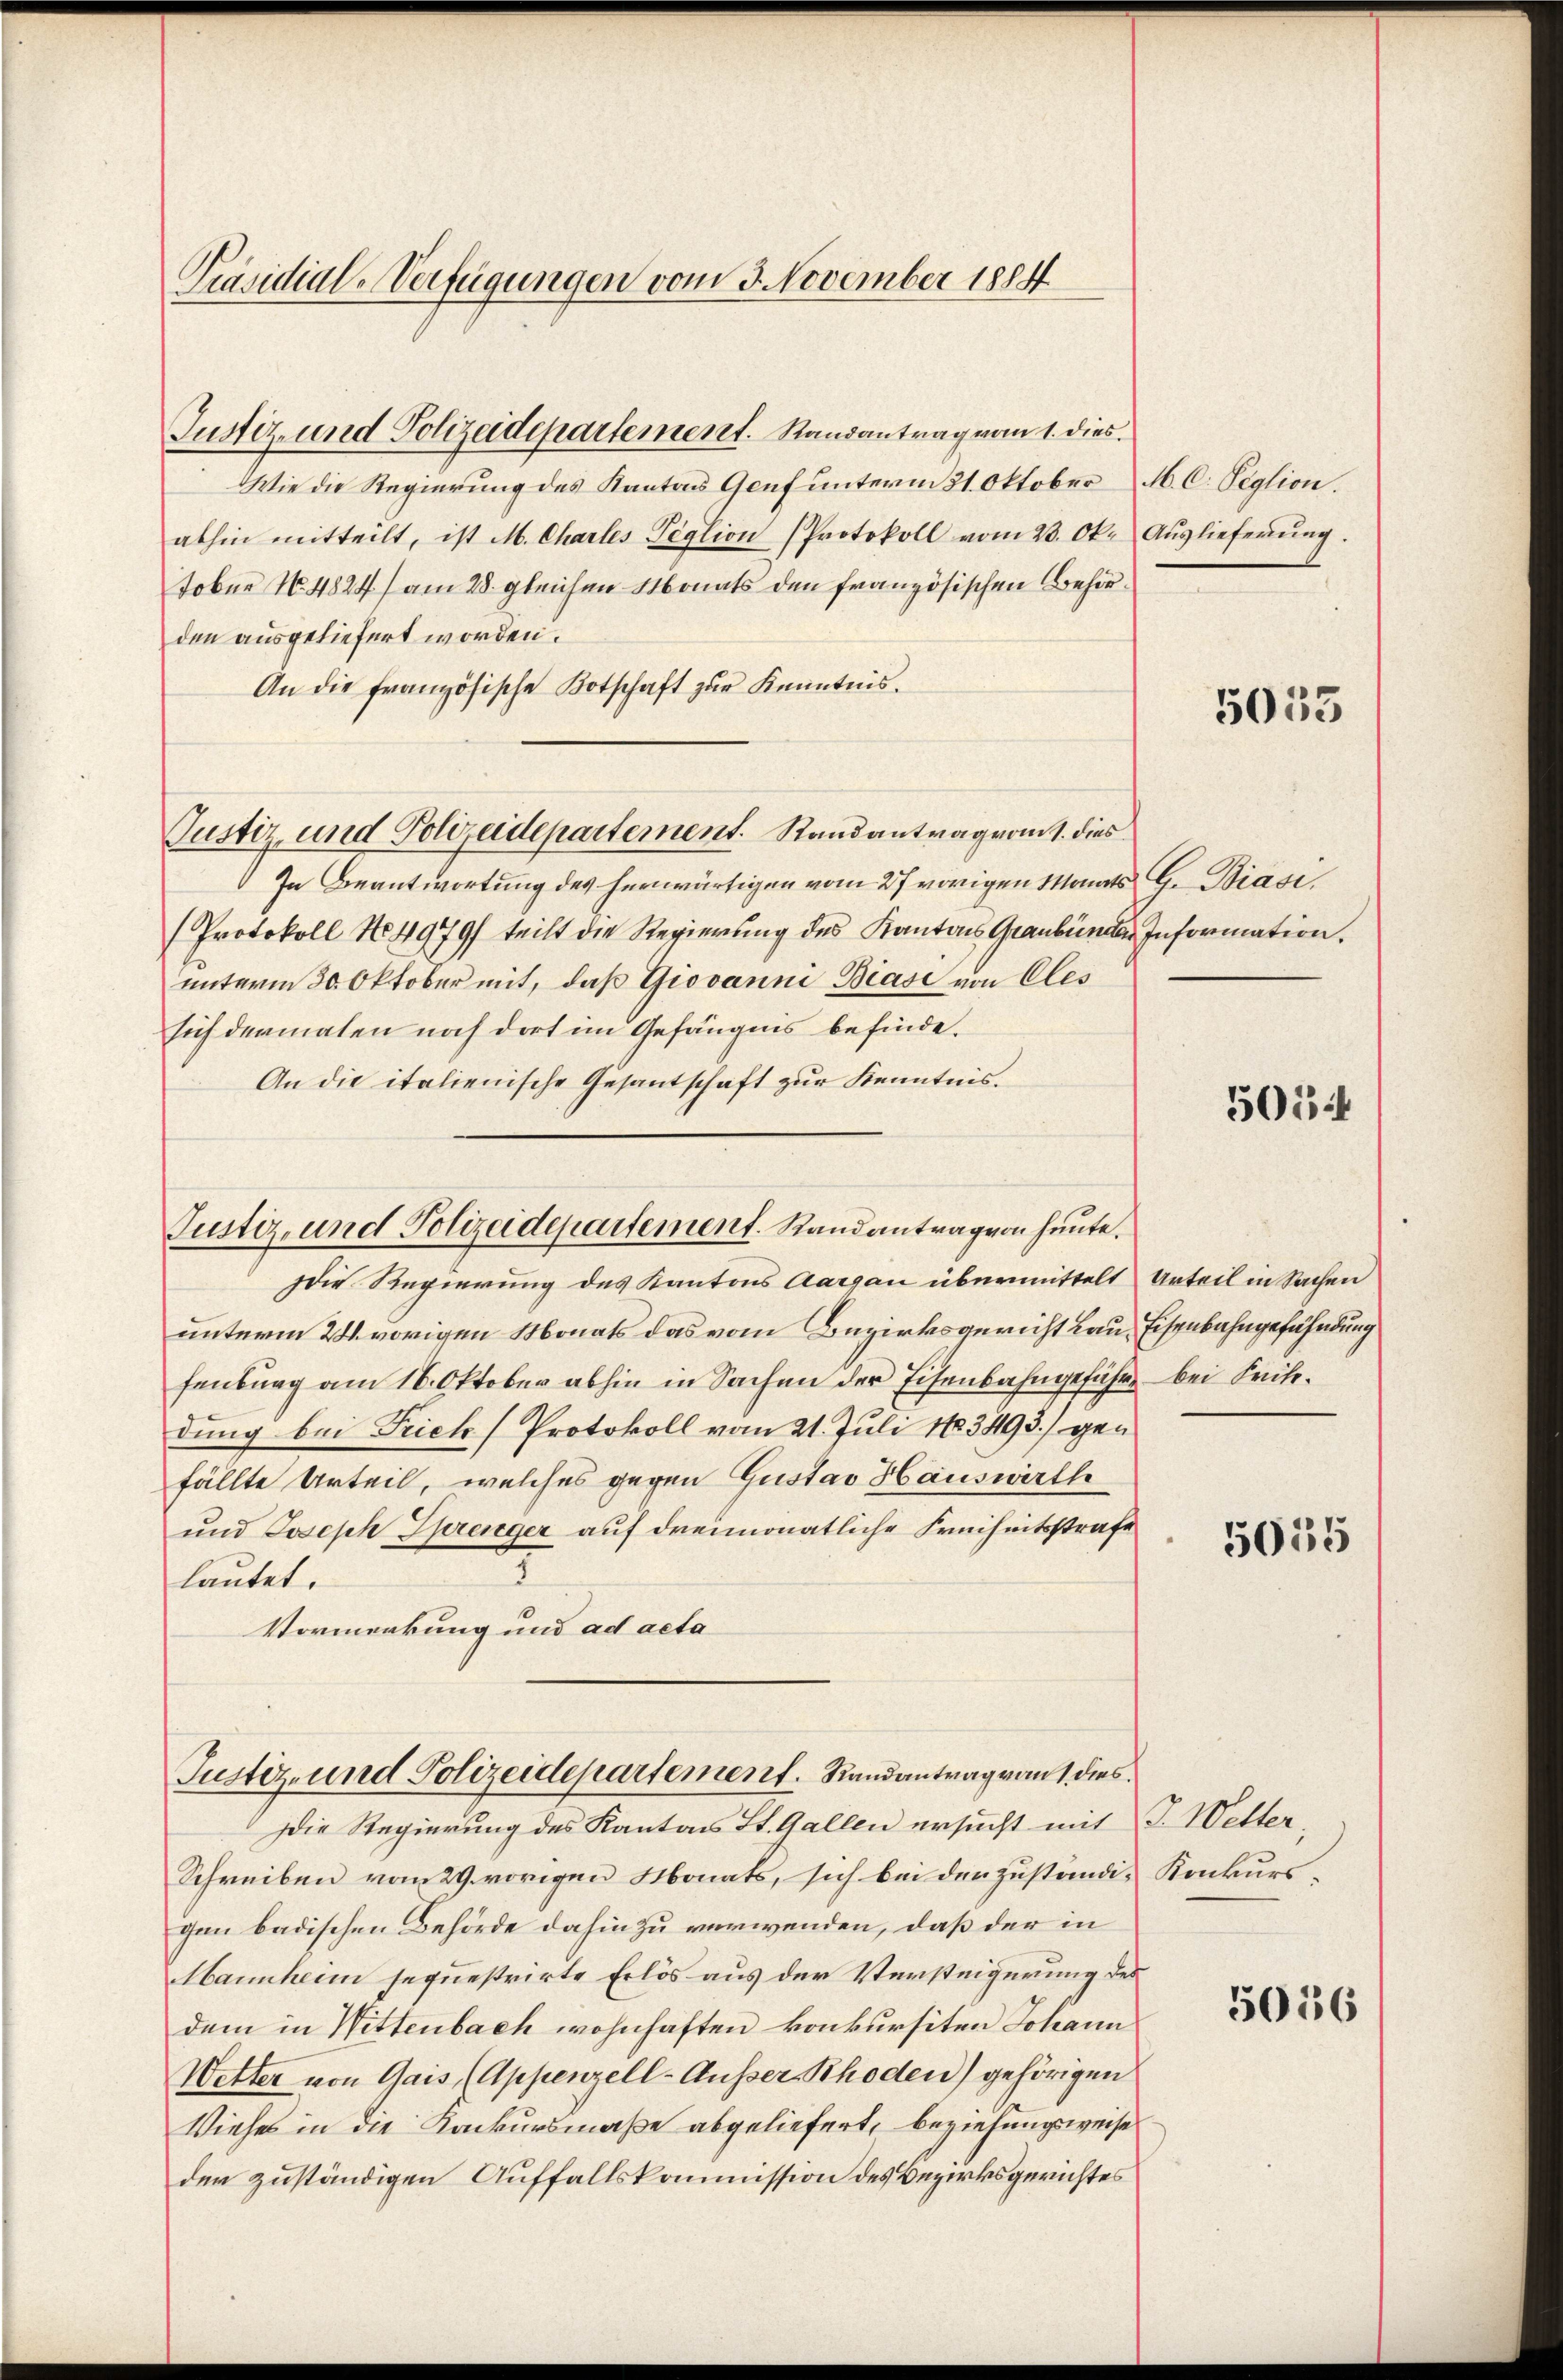
Präsidial-Verfügungen vom 3. November 1884

Justiz- und Polizeidepartement. Randantrag vom 1. dies

abhin mitteilt, ist M. Charles Peglion (Protokoll vom 23. Ok- Aŭslieferŭng.
Tobne No. 4824) am 28. gleichen Monats den französischen Behörden ausgeliefert worden.
An die französische Botschaft zur Kenntnis.
Justiz und Polizeidepartement. Randantrag vom 1. dies
In Beantwortung des herwärtigen vom 27 vorigen Monats G. Biasi
(Protokoll No 4979/ teilt die Regierung des Kantons Graubünder Information.
unterm 30. Oktober mit, daß Giovanni Biasi von Cles
sich dermalen noch dort im Gefängnis befinde.
An die italienische Gesantschaft zur Kenntnis.

Justiz- und Polizeidepartement. Randantrag von heute.

Wie die Regierung des Kantons Genf unterm 21. Oktober

Justiz- und Polizeidepartement. Randantrag von 1. dies

M. C. Peglion.

die Regierung des Kantons Aargau übermittelt Urteil in Sachen
unterm 24. vorigen Monats das vom Bezirksgericht Rau, Eisenbahngefährdung
fenburg am 16. Oktober abhin in Sachen der Eisenbahngefähr bei Kritidung bei Frich (Protokoll vom 21. Juli 1883493) gen
fällte Urteil, welches gegen Gustav Hauswirth
und Joseph Sprenger auf dreimonatliche Freiheitsstrafe
4
lautet.
Vormerkung und ad acta

Die Regierung des Kantons St. Gallen ersucht mit J. Wetter¬
Schreiben vom 29. vorigen Monats, sich bei den zuständi- Konkursgan badischen Behörde dahin zu verwenden, daß der in
Mannheim sequestrirte Erlös aus der Versteigerung des
dem in Wittenbach wohnhaften konkursiten Johann
Wetter von Gais (Appenzell-Ausser Rhoden) gehörigen
Viehes in die Konkursmaße abgeliefert, beziehungsweise
den zuständigen Auffallskommission des Bezirksgerichtes

5033

505

5055

5056